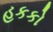
હકકો